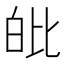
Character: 𤽊